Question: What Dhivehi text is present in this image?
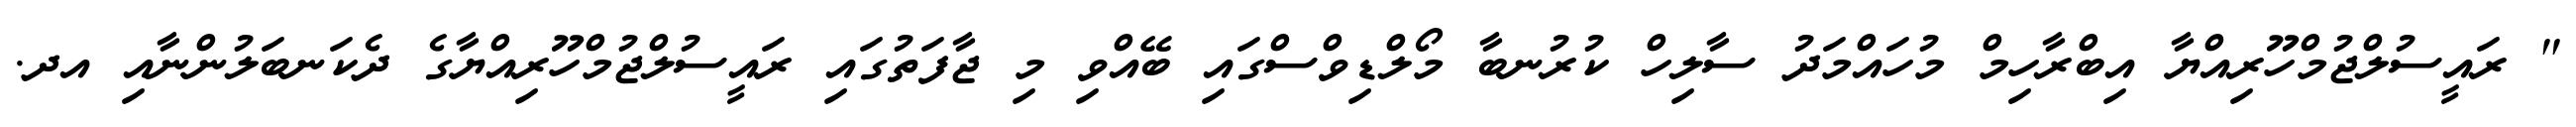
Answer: " ރައީސުލްޖުމްހޫރިއްޔާ އިބްރާހިމް މުހައްމަދު ސާލިހް ކުރުނބާ މޯލްޑިވްސްގައި ބޭއްވި މި ޖާފަތުގައި ރައީސުލްޖުމްހޫރިއްޔާގެ ދެކަނބަލުންނާއި އދ.